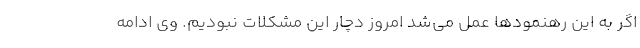
اگر به این رهنمودها عمل می‌شد امروز دچار این مشکلات نبودیم. وی ادامه